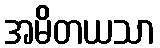
အမိတယသာ